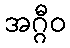
အဂ္ဂီဝ